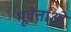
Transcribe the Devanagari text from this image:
भूवेत्ताओं